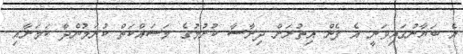
އެ ބަޔާނުގައިވަނީ އެ ފެން އިތުރަށް ދިރާސާ ކުރުމުގެ މަސައްކަތް ކުރަމުންދާ ކަމަށާއި